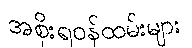
အစိုးရဝန်ထမ်းများ